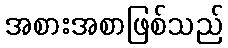
အစားအစာဖြစ်သည်